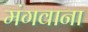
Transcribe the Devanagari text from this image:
मंगवाना